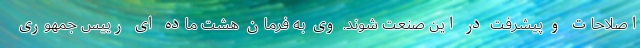
اصلاحات و پیشرفت در این صنعت شوند. وی به فرمان هشت ماده ای رییس جمهوری